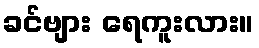
ခင်ဗျား ရေကူးလား။